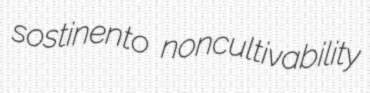
sostinento noncultivability